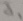
Text: J1